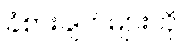
ခံစားချက်များကို